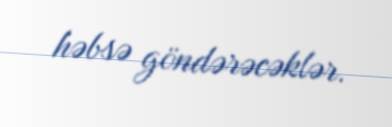
həbsə göndərəcəklər.